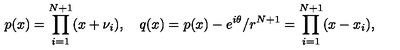
p ( x ) = \prod _ { i = 1 } ^ { N + 1 } ( x + \nu _ { i } ) , \quad q ( x ) = p ( x ) - e ^ { i \theta } / r ^ { N + 1 } = \prod _ { i = 1 } ^ { N + 1 } ( x - x _ { i } ) ,